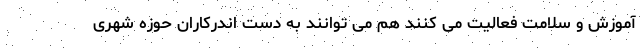
آموزش و سلامت فعالیت می‌ کنند هم می توانند به دست اندرکاران حوزه شهری